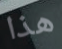
هذا